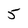
Character: 5